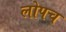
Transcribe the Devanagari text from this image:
लोपच